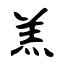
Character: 羔